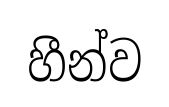
හීන්ව